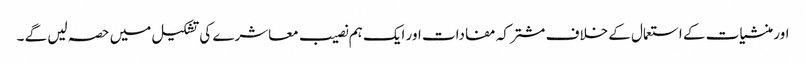
اور منشیات کے استعمال کے خلاف مشترکہ مفادات اور ایک ہم نصیب معاشرے کی تشکیل میں حصہ لیں گے ۔